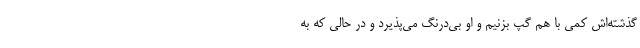
گذشته‌اش کمی با هم گپ بزنیم و او بی‌درنگ می‌پذیرد و در حالی که به